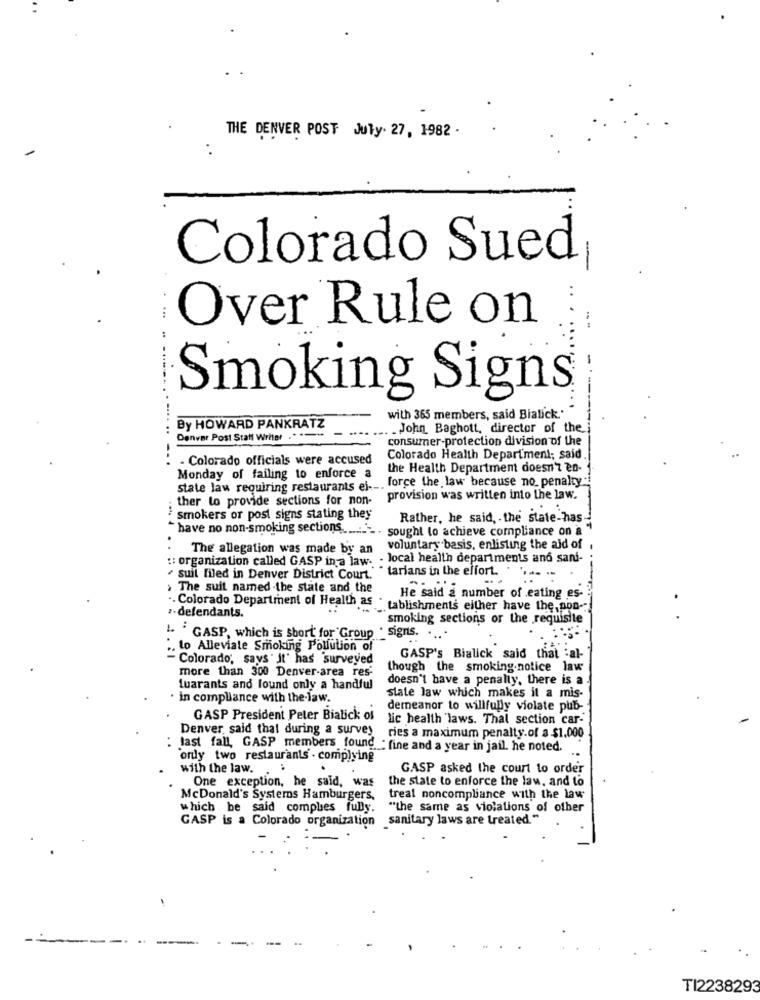
THE DENVER POST July. 27, 1982 .
-
Colorado Sued
Over Rule on
-
Smoking Signs
with 365 members, said Bialick.'
By HOWARD PANKRATZ
John Baghott, director of the
Denver Post Staff Writer
consumer-protection division of the
- Colorado officials were accused
Colorado Health Department; said.
the Health Department doesn't en-
state law requiring restaurants ej --. force the, law because no penalty
Monday of failing to enforce a
ther to provide sections for non- provision was written into the law.
smokers or post signs stating they
Rather, he said, the state-has
^ have no non-smoking sections ......
sought to achieve compliance on a
.
The allegation was made by an
voluntary basis, enlisting the aid of
:: organization called GASP in a law. - local health departments and sani-
" suil filed in Denver District Court." tarians in the effort. .
> The suit named -the state and the
He said a number of eating es-
.. Colorado Department of Health as
"tablishments either have the,son-
-defendants.
smoking sections or the requisite
L 'GASP, which is short for Group . signs.
.. to Alleviate Smoking Pollution of
- Colorado, says ' it' has surveyed
GASP's Bialick said that :al-
more than 300 Denver-area res:
though the smoking.notice law
doesn't have a penalty, there is a
fuarants and lound only a handful
. in compliance with the law.
state law which makes it a mis-
demeanor to willfully violate pub-
GASP President Peter Bialick os
lic health "laws. That section car-"
Denver, said that during a survey
ries a maximum penalty.of a $1.000
: last fall, GASP members found : fine and a year in jail. he noted.
ordy two restaurants . complying
with the law.
GASP asked the court to order
One exception, he said, was
the state to enforce the law, and to
McDonald's Systems Hamburgers,
treal noncompliance with the law
which be said complies fully.
"the same as violations of other
GASP is a Colorado organization
sanitary laws are treated."
------
TI2238293